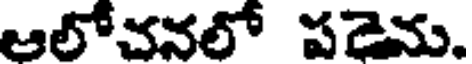
ఆలోచనలో పడెను.